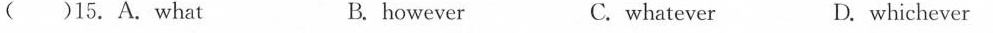
( )15.A. What B. however C. whatever D. whichever